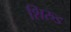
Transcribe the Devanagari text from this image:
शिरुड